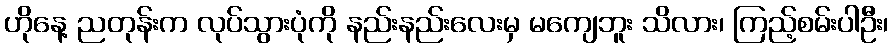
ဟိုနေ့ ညတုန်းက လုပ်သွားပုံကို နည်းနည်းလေးမှ မကျေဘူး သိလား၊ ကြည့်စမ်းပါဦး၊